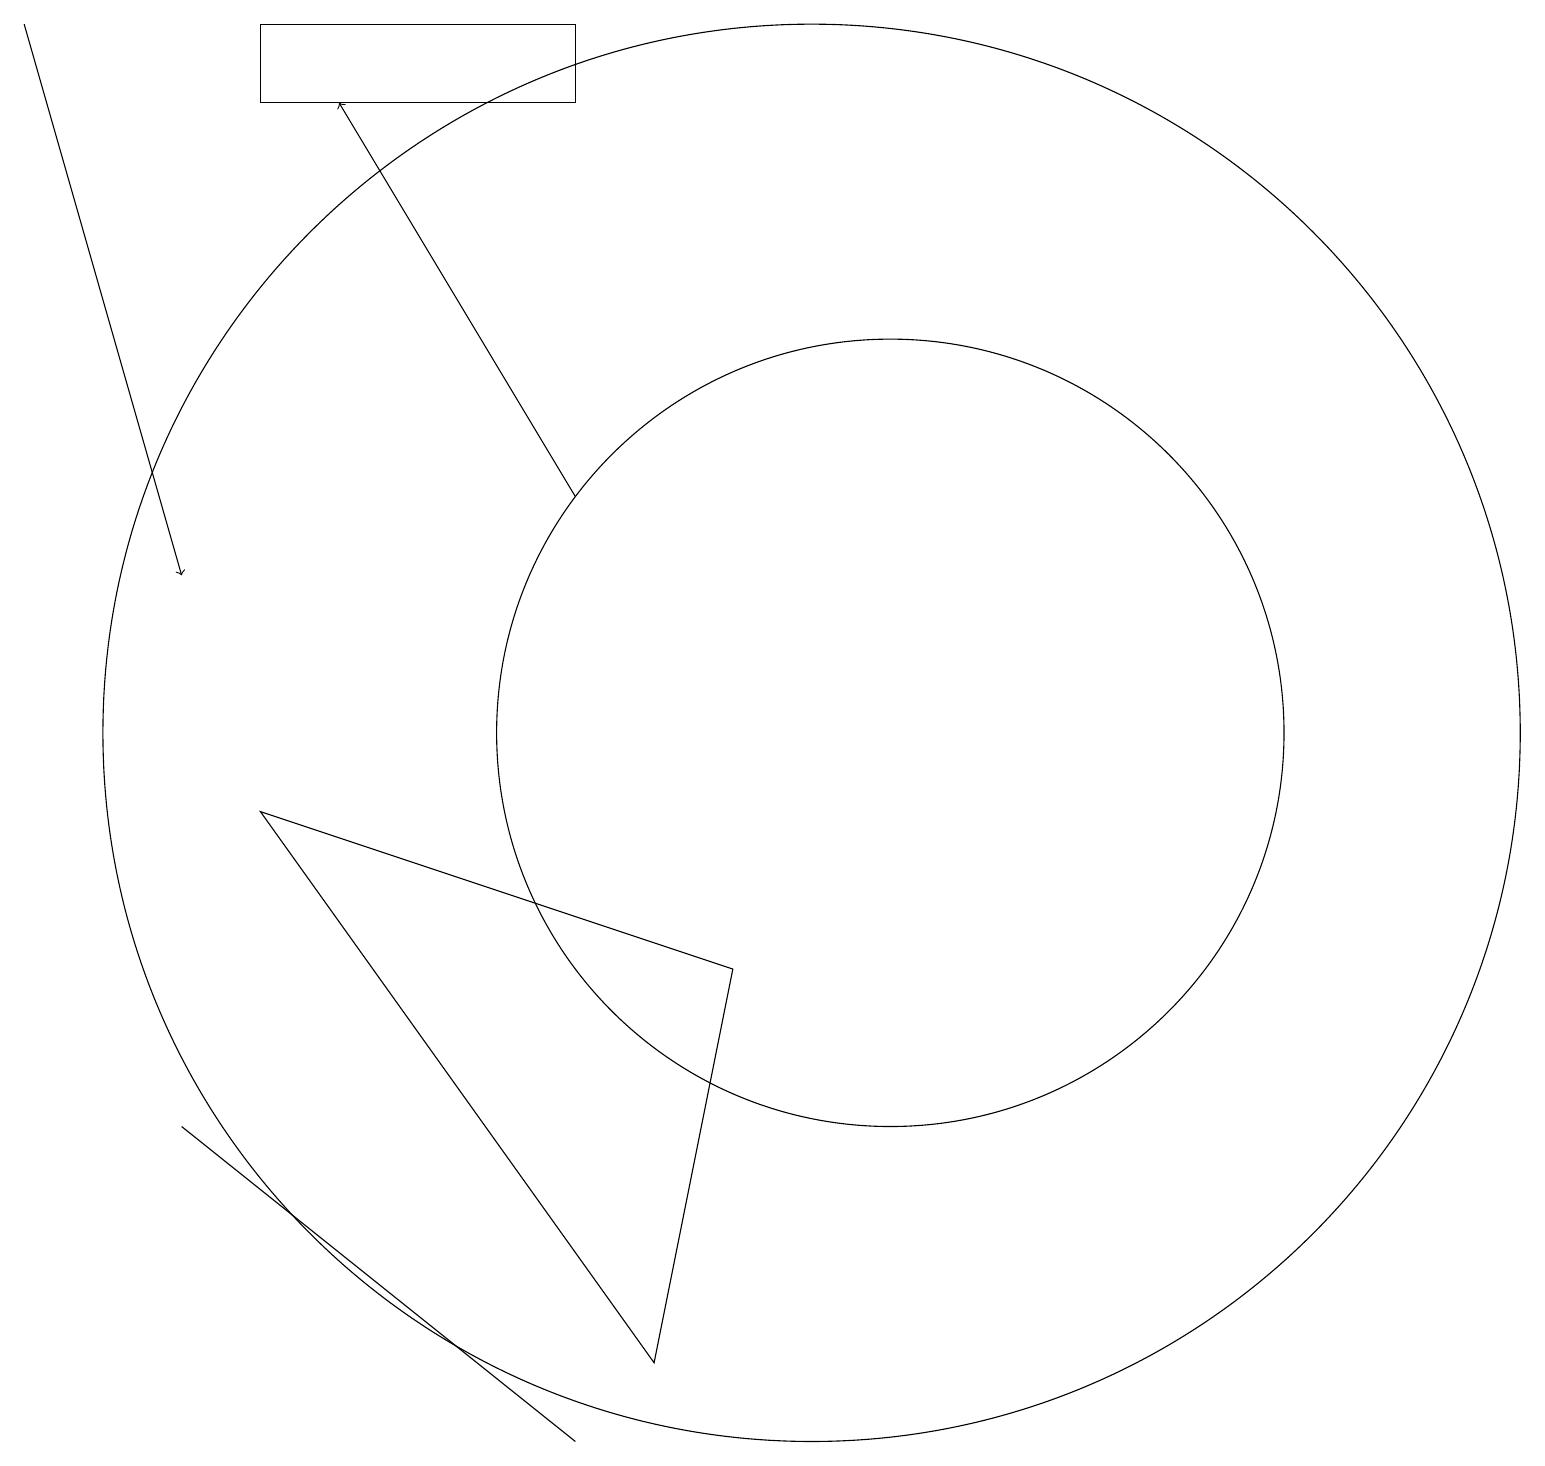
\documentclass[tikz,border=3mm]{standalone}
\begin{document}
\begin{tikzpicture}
\draw (3,19) rectangle (7,18);
\draw (11,10) circle (5);
\draw[->] (7,13) -- (4,18);
\draw (2,5) -- (7,1) -- (2,5) -- cycle;
\draw[->] (0,19) -- (2,12);
\draw (10,10) circle (9);
\draw (3,9) -- (8,2) -- (9,7) -- cycle;
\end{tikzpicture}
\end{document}